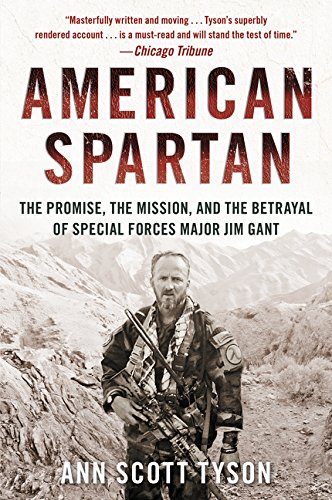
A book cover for American Spartan: The Promise, the Mission, and the Betrayal of Special Forces Major Jim Gant; Ann Scott Tyson; History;